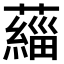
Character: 𫊄